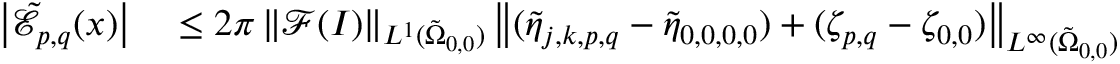
\begin{array} { r l } { \left\vert \tilde { \mathcal { E } } _ { p , q } ( \boldsymbol { x } ) \right\vert } & { { } \leq 2 \pi \left\| \mathcal { F } ( I ) \right\| _ { L ^ { 1 } ( \tilde { \Omega } _ { 0 , 0 } ) } \left\| ( \tilde { \eta } _ { j , k , p , q } - \tilde { \eta } _ { 0 , 0 , 0 , 0 } ) + ( \zeta _ { p , q } - \zeta _ { 0 , 0 } ) \right\| _ { L ^ { \infty } ( \tilde { \Omega } _ { 0 , 0 } ) } } \end{array}